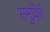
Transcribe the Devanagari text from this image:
समुदिरी